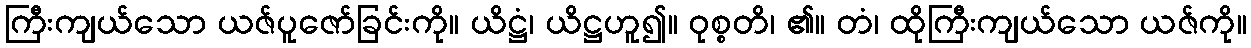
ကြီးကျယ်သော ယဇ်ပူဇော်ခြင်းကို။ ယိဋ္ဌံ၊ ယိဋ္ဌဟူ၍။ ဝုစ္စတိ၊ ၏။ တံ၊ ထိုကြီးကျယ်သော ယဇ်ကို။